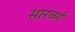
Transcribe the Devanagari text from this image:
सारबर्ग